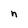
Character: n